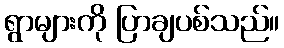
ရွာများကို ပြာချပစ်သည်။